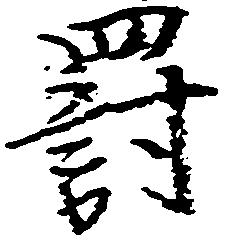
罰